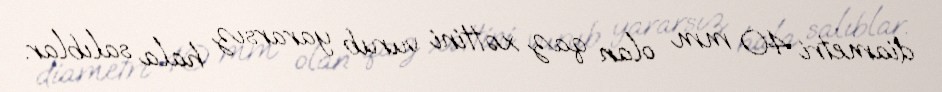
diametri 40 mm olan qaz xəttini vurub yararsız hala salıblar.